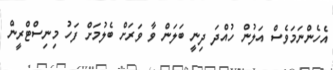
އެހެންނަމަވެސް އަލުން ހުއްދަ ދިނީ ބަލަން ވާ ވަރަށް ބެލުމަށް ފަހު މިނިސްޓްރީން